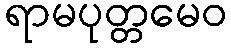
ရာမပုတ္တမေဝ